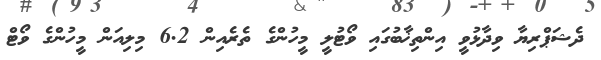
ދެޝަޕްރިޔާ ވިދާޅުވީ އިންތިޚާބުގައި ވޯޓުލީ މީހުންގެ ތެރެއިން 6.2 މިލިއަން މީހުންގެ ވޯޓް